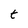
Character: t